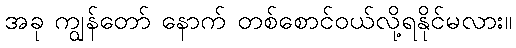
အခု ကျွန်တော် နောက် တစ်စောင်ဝယ်လို့ရနိုင်မလား။